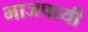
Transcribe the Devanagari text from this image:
भाजपायी